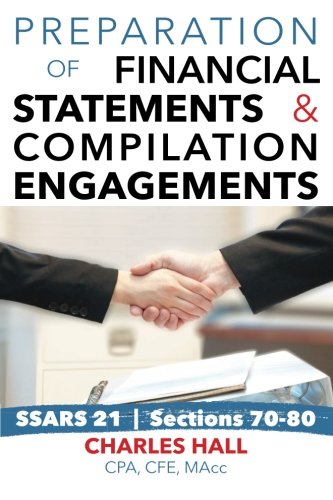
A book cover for Preparation of Financial Statements & Compilation Engagements; Charles Hall; Business & Money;